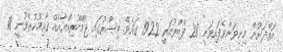
އަތްދަށުން މިނިވަންވެފައިވަނީ 28 ފެބްރުއަރީ 1922 ގައެވެ. މިޞްރުގައި ޖުމްހޫރިއްޔާއެއް ޤާއިިމުކުރެވުނީ 18